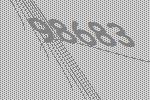
98683